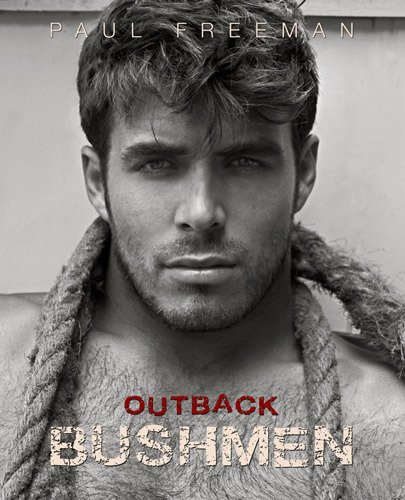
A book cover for Outback Bushmen; Paul Freeman; Arts & Photography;